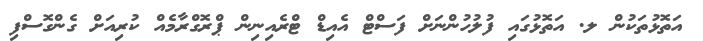
އަތޮޅުތަކުން ލ. އަތޮޅުގައި ފުލުހުންނަށް ފަސްޓް އެއިޑް ޓްރެއިނިން ޕްރޮގްރާމެއް ކުރިއަށް ގެންގޮސްފި